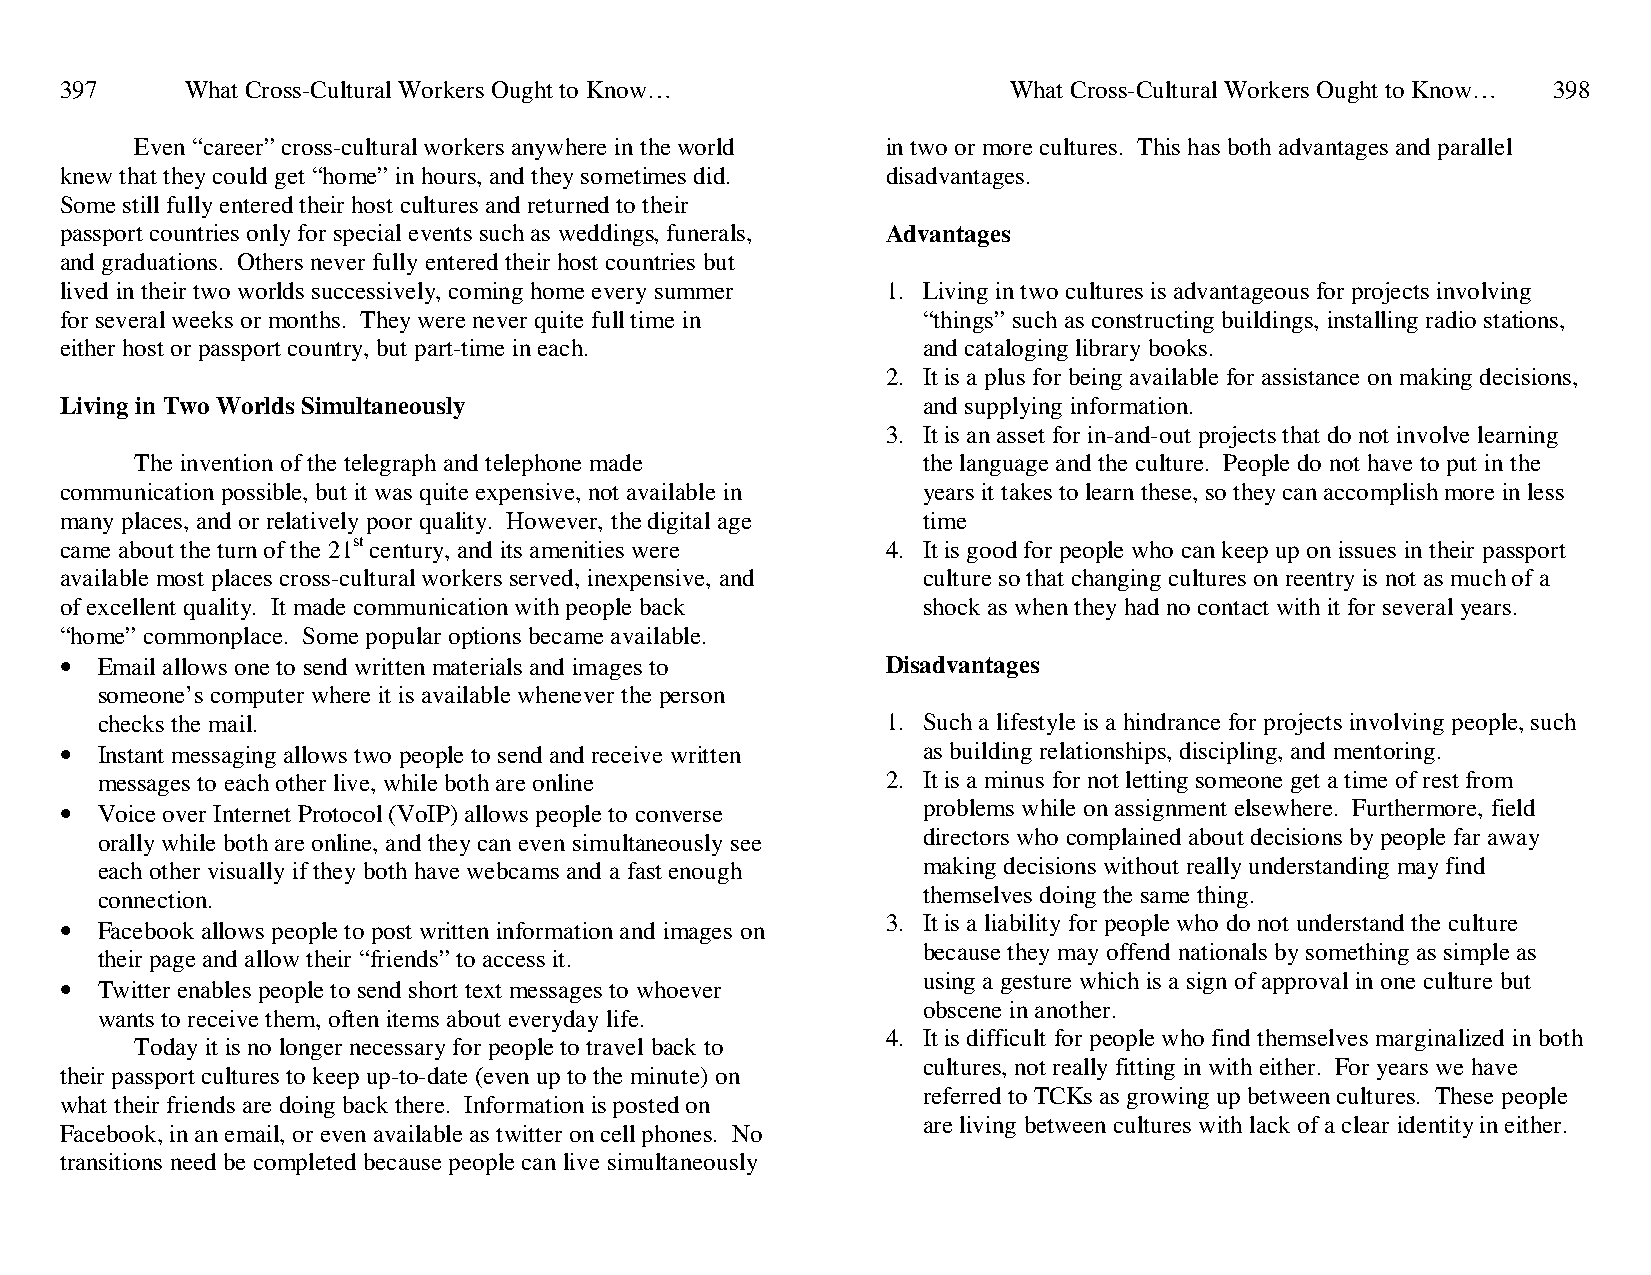
397     What Cross-Cultural Workers Ought to Know…             What Cross-Cultural Workers Ought to Know… 398
 Even “career” cross-cultural workers anywhere in the world in two or more cultures. This has both advantages and parallel
 knew that they could get “home” in hours, and they sometimes did. disadvantages.
 Some still fully entered their host cultures and returned to their
 passport countries only for special events such as weddings, funerals, Advantages
 and graduations. Others never fully entered their host countries but
 lived in their two worlds successively, coming home every summer 1. Living in two cultures is advantageous for projects involving
 for several weeks or months. They were never quite full time in “things” such as constructing buildings, installing radio stations,
 either host or passport country, but part-time in each.  and cataloging library books.
 2. It is a plus for being available for assistance on making decisions,
 Living in Two Worlds Simultaneously                      and supplying information.
 3. It is an asset for in-and-out projects that do not involve learning
 The invention of the telegraph and telephone made   the language and the culture. People do not have to put in the
 communication possible, but it was quite expensive, not available in years it takes to learn these, so they can accomplish more in less
 many places, and or relatively poor quality. However, the digital age time
 came about the turn of the 21st century, and its amenities were 4. It is good for people who can keep up on issues in their passport
 available most places cross-cultural workers served, inexpensive, and culture so that changing cultures on reentry is not as much of a
 of excellent quality. It made communication with people back shock as when they had no contact with it for several years.
 “home” commonplace. Some popular options became available.
 • Email allows one to send written materials and images to Disadvantages
 someone’s computer where it is available whenever the person
 checks the mail.                                     1. Such a lifestyle is a hindrance for projects involving people, such
 • Instant messaging allows two people to send and receive written as building relationships, discipling, and mentoring.
 messages to each other live, while both are online   2. It is a minus for not letting someone get a time of rest from
 • Voice over Internet Protocol (VoIP) allows people to converse problems while on assignment elsewhere. Furthermore, field
 orally while both are online, and they can even simultaneously see directors who complained about decisions by people far away
 each other visually if they both have webcams and a fast enough making decisions without really understanding may find
 connection.                                            themselves doing the same thing.
 • Facebook allows people to post written information and images on 3. It is a liability for people who do not understand the culture
 because they may offend nationals by something as simple as
 their page and allow their “friends” to access it.
 • Twitter enables people to send short text messages to whoever using a gesture which is a sign of approval in one culture but
 obscene in another.
 wants to receive them, often items about everyday life.
 4. It is difficult for people who find themselves marginalized in both
 Today it is no longer necessary for people to travel back to
 cultures, not really fitting in with either. For years we have
 their passport cultures to keep up-to-date (even up to the minute) on
 referred to TCKs as growing up between cultures. These people
 what their friends are doing back there. Information is posted on
 are living between cultures with lack of a clear identity in either.
 Facebook, in an email, or even available as twitter on cell phones. No
 transitions need be completed because people can live simultaneously